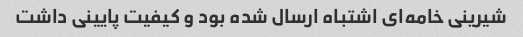
شیرینی خامه‌ای اشتباه ارسال شده بود و کیفیت پایینی داشت